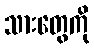
သားတွေကို